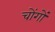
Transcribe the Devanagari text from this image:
चोंगों